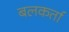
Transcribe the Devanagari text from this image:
बलकर्ता